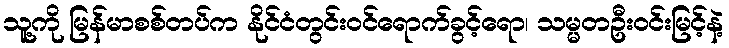
သူ့ကို မြန်မာစစ်တပ်က နိုင်ငံတွင်းဝင်ရောက်ခွင့်ရော၊ သမ္မတဦးဝင်းမြင့်နဲ့